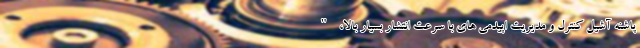
پاشنه آشیل کنترل و مدیریت اپیدمی های با سرعت انتشار بسیار بالا، "